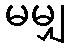
မမျှ